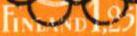
Finland 1,25